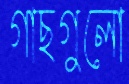
গাছগুলো